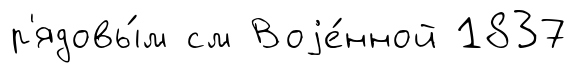
р'ядовы́м см Воjе́нной 1837